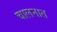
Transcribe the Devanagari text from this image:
चालनात